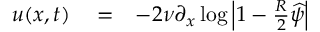
\begin{array} { r l r } { u ( x , t ) } & { { } = } & { - 2 \nu \partial _ { x } \log \left| 1 - \frac { R } { 2 } \widehat { \psi } \right| } \end{array}